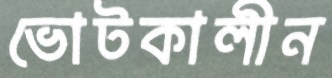
ভোটকালীন